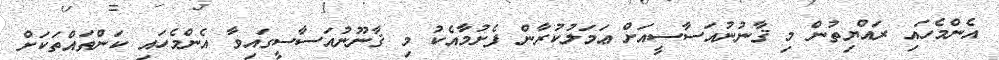
އެންމެހައި ރައްޔިތުން މި ޤާނުނުއަސާސީއަށް ޢަމަލުކުރާން ފެށުމާއެކު މި ޤާނޫނުއަސާސީގައިވާ އެންމެހައި ކަންތައްތަކަށް